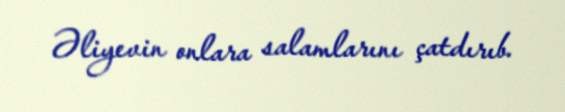
Əliyevin onlara salamlarını çatdırıb.